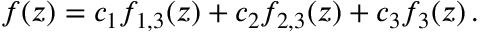
f ( z ) = c _ { 1 } f _ { 1 , 3 } ( z ) + c _ { 2 } f _ { 2 , 3 } ( z ) + c _ { 3 } f _ { 3 } ( z ) \, .